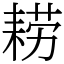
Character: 耢